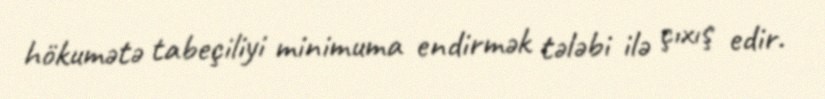
hökumətə tabeçiliyi minimuma endirmək tələbi ilə çıxış edir.